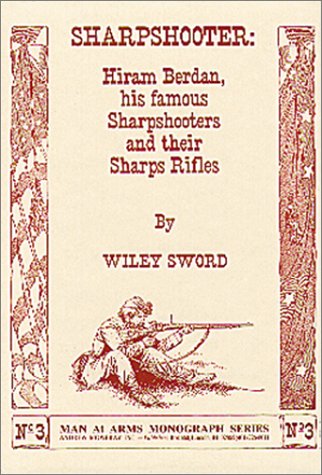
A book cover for Sharpshooter: Hiram Berdan, His Famous Sharpshooters and their Sharps Rifles; Wiley Sword; Crafts, Hobbies & Home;